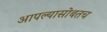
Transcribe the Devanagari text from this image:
आपल्यासोबतच